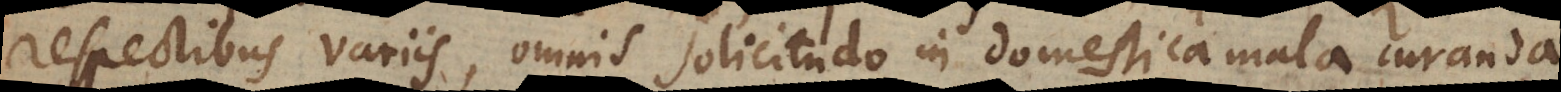
respectibus variis, omnis solicitudo in domestica mala curanda